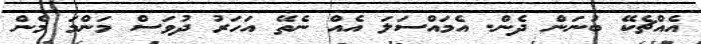
އެއްޗެކޭ ބުނަން ދެން. އެމައްސަލަ އެއް ނެތޭ އަހަރު ދުވަސް މަންމަ މެން